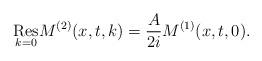
LaTeX: \begin{align*} \underset{k=0}{\rm Res}M^{(2)}(x,t,k)=\frac{A}{2i}M^{(1)}(x,t,0).\end{align*}